Civil Veterinary Department ledger series I-VI
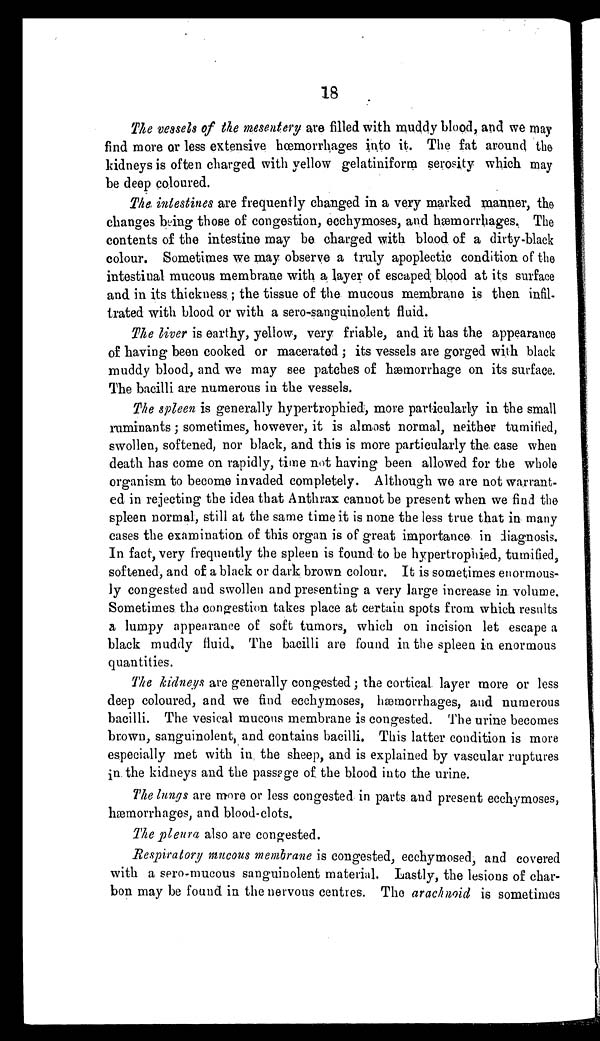
18
The vessels of the mesentery are filled with muddy blood, and we may
find more or less extensive hœmorrhages into it. The fat around the
kidneys is often charged with yellow gelatiniform serosity which may
be deep coloured.
The, intestines are frequently changed in a very marked manner, the
changes being those of congestion, ecchymoses, and hæmorrhages. The
contents of the intestine may be charged with blood of a dirty-black
colour. Sometimes we may observe a truly apoplectic condition of the
intestinal mucous membrane with a layer of escaped; blood at its surface
and in its thickness; the tissue of the mucous membrane is then infil-
trated with blood or with a sero-sanguinolent fluid.
The liver is earthy, yellow, very friable, and it has the appearance
of having been cooked or macerated; its vessels are gorged with black
muddy blood, and we may see patches of hæmorrhage on its surface.
The bacilli are numerous in the vessels.
The spleen is generally hypertrophied, more particularly in the small
ruminants; sometimes, however, it is almost normal, neither tumified,
swollen, softened, nor black, and this is more particularly the case when
death has come on rapidly, time not having been allowed for the whole
organism to become invaded completely. Although we are not warrant-
ed in rejecting the idea that Anthrax cannot be present when we find the
spleen normal, still at the same time it is none the less true that in many
cases the examination of this organ is of great importance in diagnosis.
In fact, very frequently the spleen is found to be hypertrophied, tumified,
softened, and of a black or dark brown colour. It is sometimes enormous-
ly congested and swollen and presenting a very large increase in volume.
Sometimes the congestion takes place at certain spots from which results
a lumpy appearance of soft tumors, which on incision let escape a
black muddy fluid. The bacilli are found in the spleen in enormous
quantities.
The kidneys are generally congested ; the cortical layer more or less
deep coloured, and we find ecchymoses, hæmorrhages, and numerous
bacilli. The vesical mucous membrane is congested. The urine becomes
brown, sanguinolent, and contains bacilli. This latter condition is more
especially met with in the sheep, and is explained by vascular ruptures
in the kidneys and the passage of the blood into the urine.
The lungs are more or less congested in parts and present ecchymoses,
hæmorrhages, and blood-clots.
The pleura also are congested.
Respiratory mucous membrane is congested, ecchymosed, and covered
with a sero-mucous sanguinolent material. Lastly, the lesions of char-
bon may be found in the nervous centres. The arachnoid is sometimes